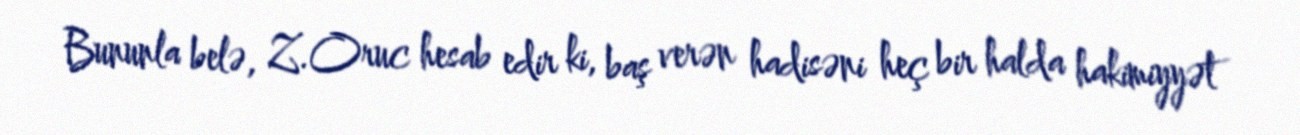
Bununla belə, Z.Oruc hesab edir ki, baş verən hadisəni heç bir halda hakimiyyət